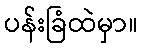
ပန်းခြံထဲမှာ။